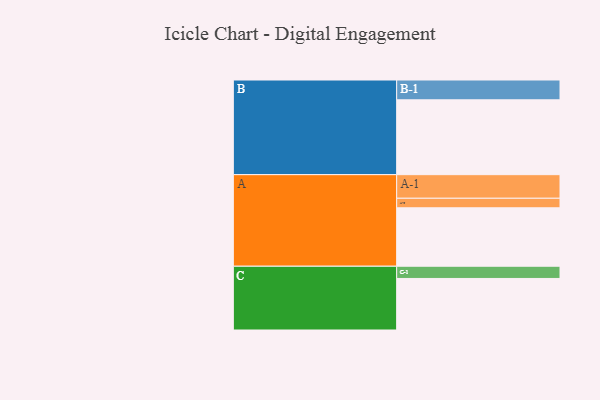
{"axis": {"x": "Segment", "y": "Value"}, "legend": ["", "A", "B", "C"], "data": [{"x": "A", "y": 416, "type": ""}, {"x": "B", "y": 533, "type": ""}, {"x": "C", "y": 367, "type": ""}, {"x": "A-1", "y": 168, "type": "A"}, {"x": "A-2", "y": 68, "type": "A"}, {"x": "B-1", "y": 141, "type": "B"}, {"x": "C-1", "y": 87, "type": "C"}]}